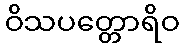
ဝိသပတ္တောရိဝ